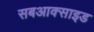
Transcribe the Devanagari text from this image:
सबआक्साइड